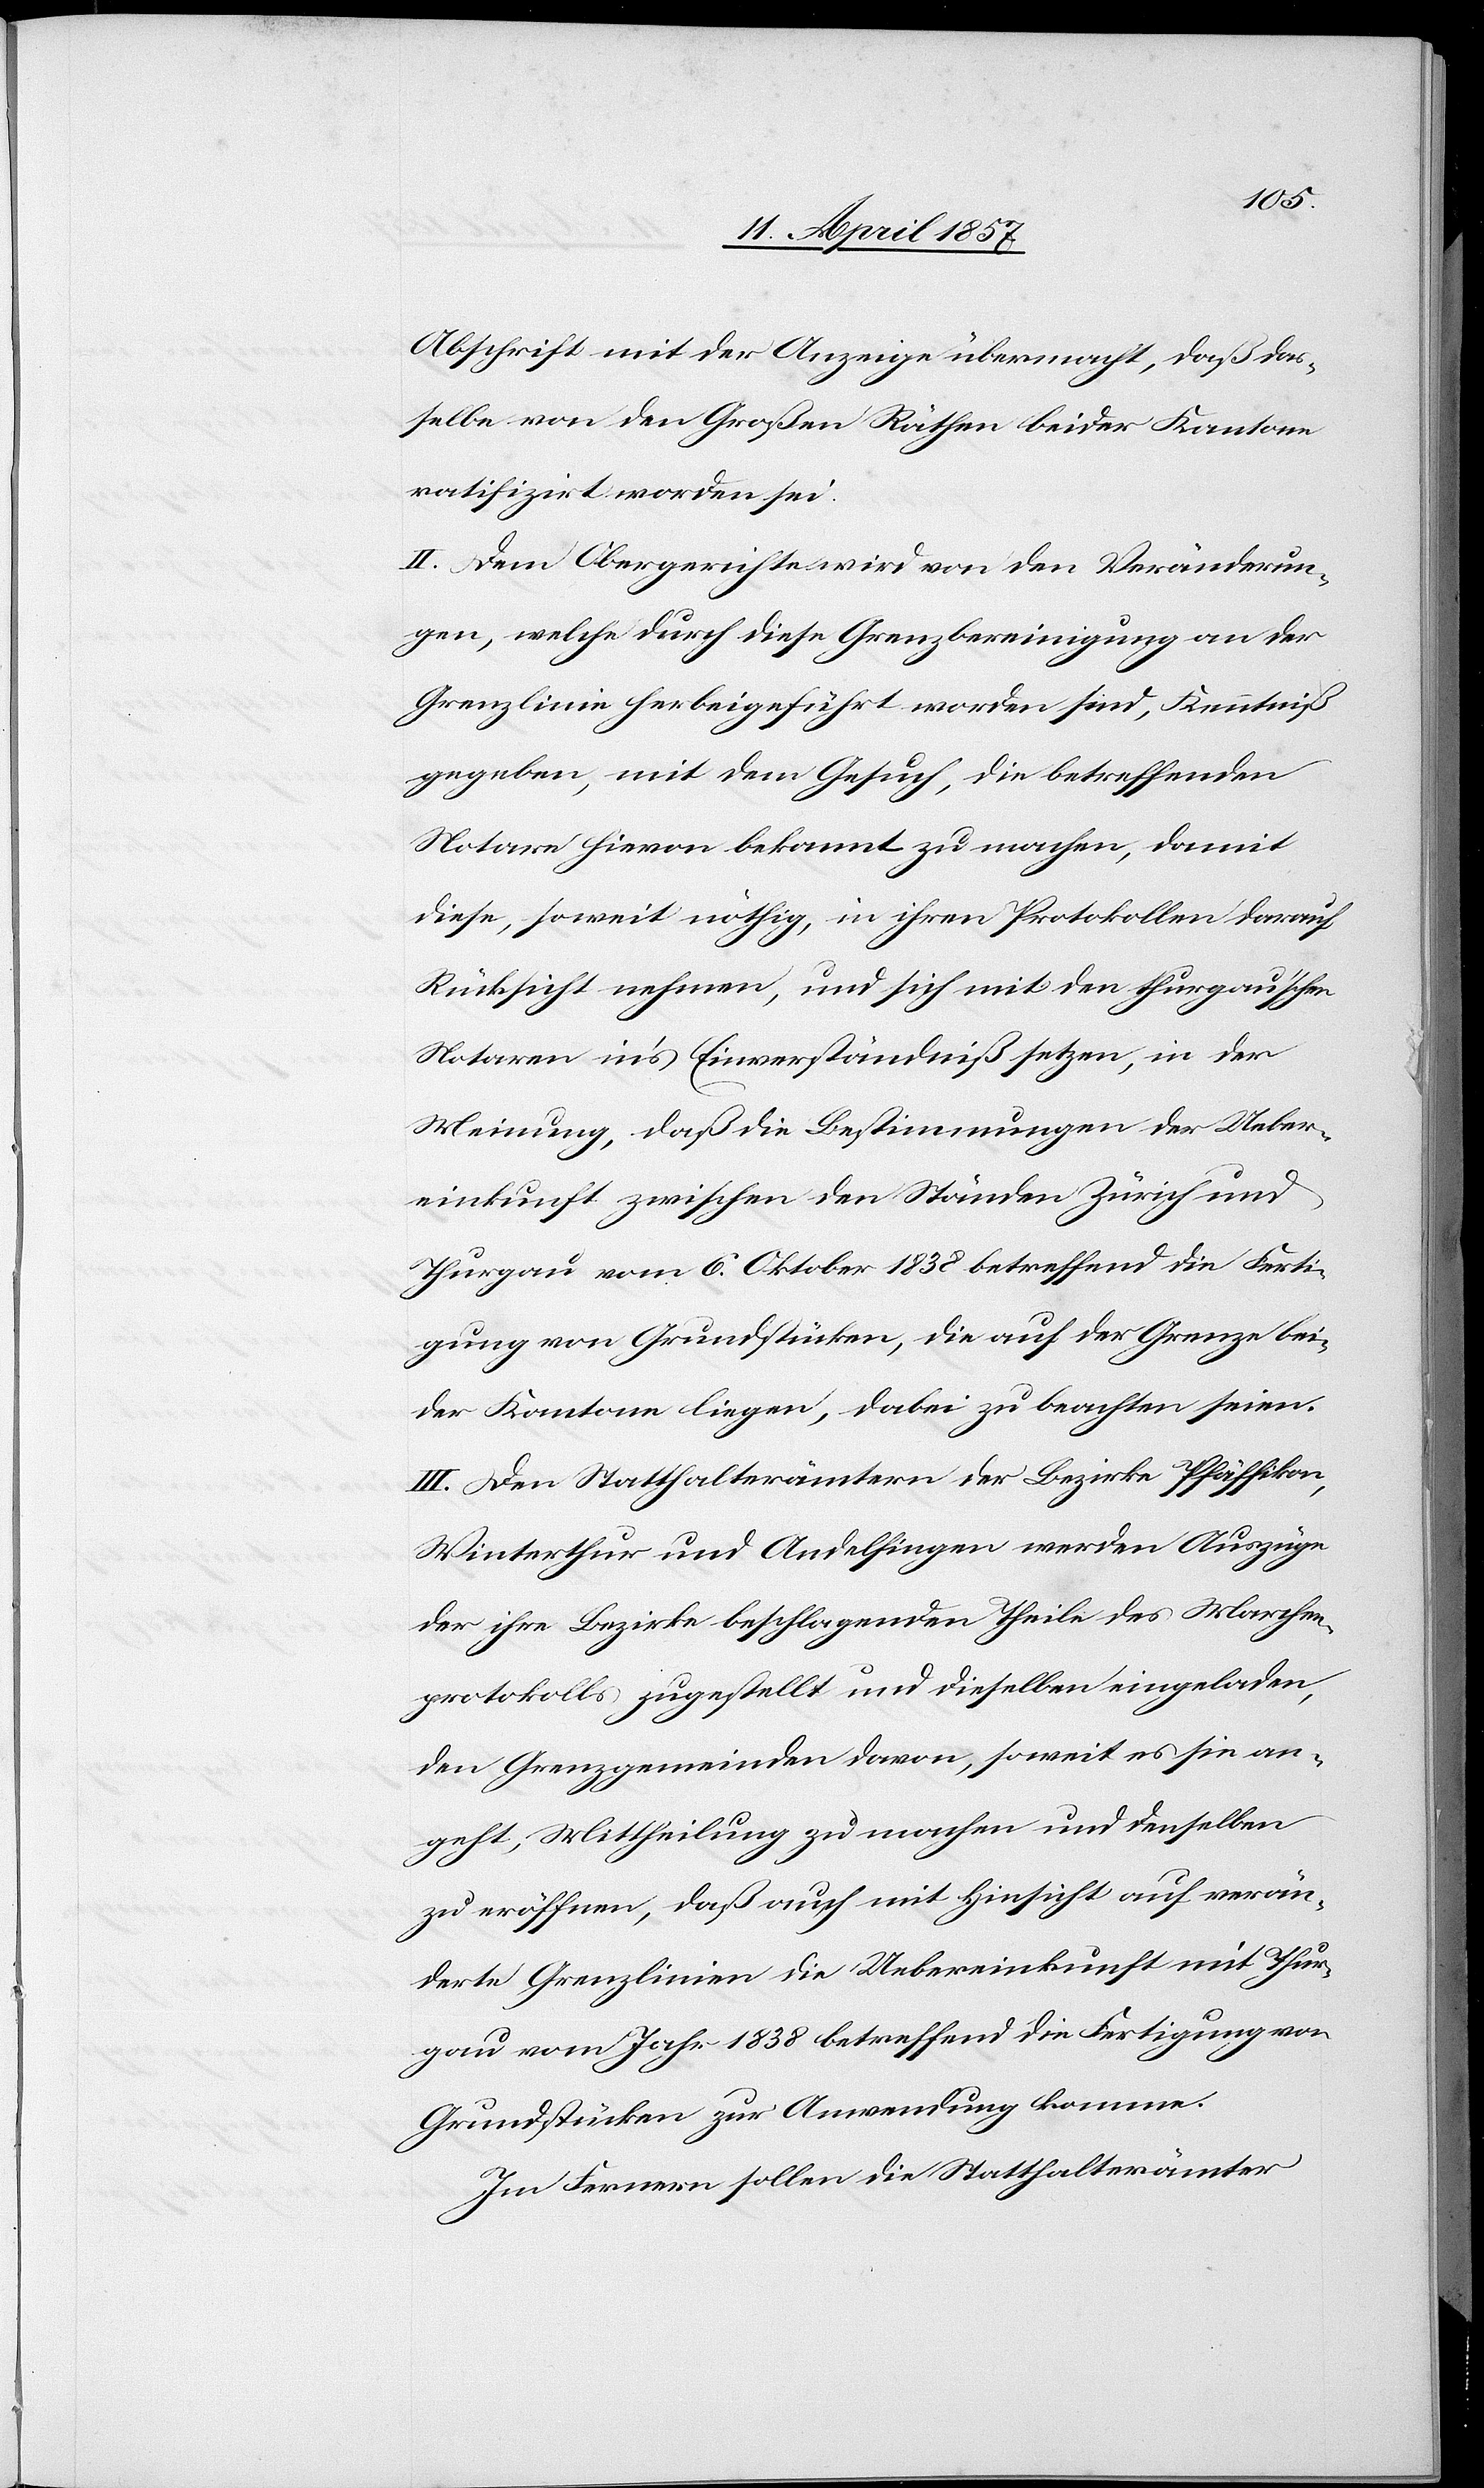
Abschrift mit der Anzeige übermacht, daß das¬
selbe von den Großen Räthen beider Kantone
ratifizirt worden sei.
II. Dem Obergerichte wird von den Veränderun¬
gen, welche durch diese Grenzbereinigung an der
Grenzlinie herbeigeführt worden sind, Kenntniß
gegeben, mit dem Gesuch, die betreffenden
Notare hievon bekannt zu machen, damit
diese, soweit nöthig, in ihren Protokollen darauf
Rücksicht nehmen, und sich mit den thurgau'schen
Notaren in's Einverständniß setzen, in der
Meinung, daß die Bestimmungen der Ueber¬
einkunft zwischen den Ständen Zürich und
Thurgau vom 6. Oktober 1838 betreffend die Ferti¬
gung von Grundstücken, die auf der Grenze bei¬
der Kantone liegen, dabei zu beachten seien.
III. Den Statthalterämtern der Bezirke Pfäffikon,
Winterthur und Andelfingen werden Auszüge
der ihre Bezirke beschlagenden Theile des Marchen¬
protokolls zugestellt und dieselben eingeladen,
den Grenzgemeinden davon, soweit es sie an¬
geht, Mittheilung zu machen und denselben
zu eröffnen, daß auch mit Hinsicht auf verän¬
derte Grenzlinien die Uebereinkunft mit Thur¬
gau vom Jahr 1838 betreffend die Fertigung von
Grundstücken zur Anwendung komme.
Im Fernern sollen die Statthalterämter